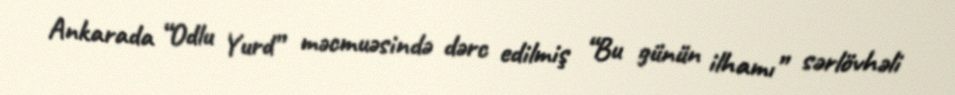
Ankarada “Odlu Yurd” məcmuəsində dərc edilmiş “Bu günün ilhamı” sərlövhəli